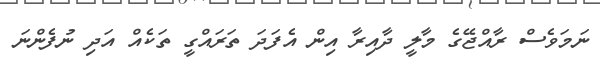
ނަމަވެސް ރާއްޖޭގެ މާލީ ދާއިރާ އިން އެފަދަ ތަރައްގީ ތަކެއް އަދި ނުފެންނަ